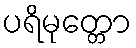
ပရိမုတ္တော